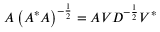
A \left( A ^ { * } A \right) ^ { - { \frac { 1 } { 2 } } } = A V D ^ { - { \frac { 1 } { 2 } } } V ^ { * }